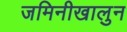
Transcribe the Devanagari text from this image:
जमिनीखालुन